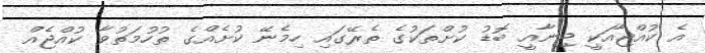
އެ ކުއްޖާއަކީ ޖިނާއީ ބޮޑު ކުށްތަކުގެ ތެރޭގައި ހިމެނޭ ކުށެއްގެ ތުހުމަތުވާ ކުއްޖެއް